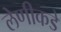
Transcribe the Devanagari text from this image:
लेणीकडे